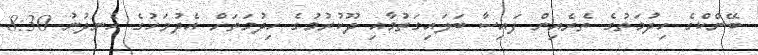
ބޭންކްގެ ހިދުމަތުގެ ތެރެއިން ފައިސާ ބަލައިގަތުމާއި ދޫކުރުމުގެ ހިދުމަތަށް އެދުވަހުގެ ހެނދުނު 8:30